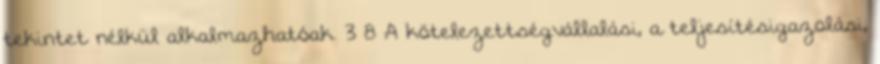
tekintet nélkül alkalmazhatóak. 3 8 A kötelezettségvállalási, a teljesítésigazolási,